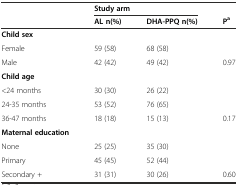
|  | <COLSPAN=2> Study arm |  |
 |  | AL n(%) | DHA-PPQ n(%) | Pa |
 | --- | --- | --- | --- |
 | Child sex |  |  |  |
 | Female | 59 (58) | 68 (58) |  |
 | Male | 42 (42) | 49 (42) | 0.97 |
 | Child age |  |  |  |
 | <24 months | 30 (30) | 26 (22) |  |
 | 24-35 months | 53 (52) | 76 (65) |  |
 | 36-47 months | 18 (18) | 15 (13) | 0.17 |
 | Maternal education |  |  |  |
 | None | 25 (25) | 35 (30) |  |
 | Primary | 45 (45) | 52 (44) |  |
 | Secondary + | 31 (31) | 30 (26) | 0.60 |